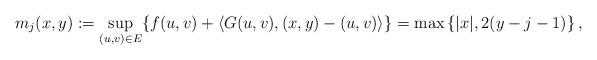
LaTeX: \begin{align*}m_{j}(x,y) :=\sup_{(u,v)\in E}\{f(u,v)+\langle G(u,v),(x, y)-(u,v)\rangle\}=\max\left\{|x|, 2(y-j-1)\right\},\end{align*}